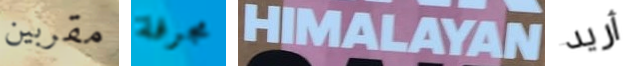
مقربين مجرفة HIMALAYAN أريد